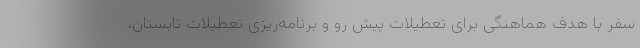
سفر با هدف هماهنگی برای تعطیلات پیش ‌رو و برنامه‌ریزی تعطیلات تابستان،